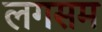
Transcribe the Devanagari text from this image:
लगसम